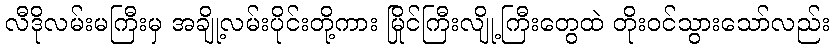
လီဒိုလမ်းမကြီးမှ အချို့လမ်းပိုင်းတို့ကား မြိုင်ကြီးလျို့ကြီးတွေထဲ တိုးဝင်သွားသော်လည်း